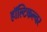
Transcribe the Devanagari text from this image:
हॉल्टिकल्चर